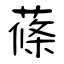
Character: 蓧